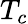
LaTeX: T_{c}